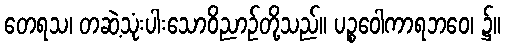
တေရသ၊ တဆဲ့သုံးပါးသောဝိညာဉ်တို့သည်။ ပဉ္စဝေါကာရဘဝေ၊ ၌။